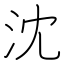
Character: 沈